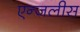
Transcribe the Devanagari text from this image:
एन्जलीस